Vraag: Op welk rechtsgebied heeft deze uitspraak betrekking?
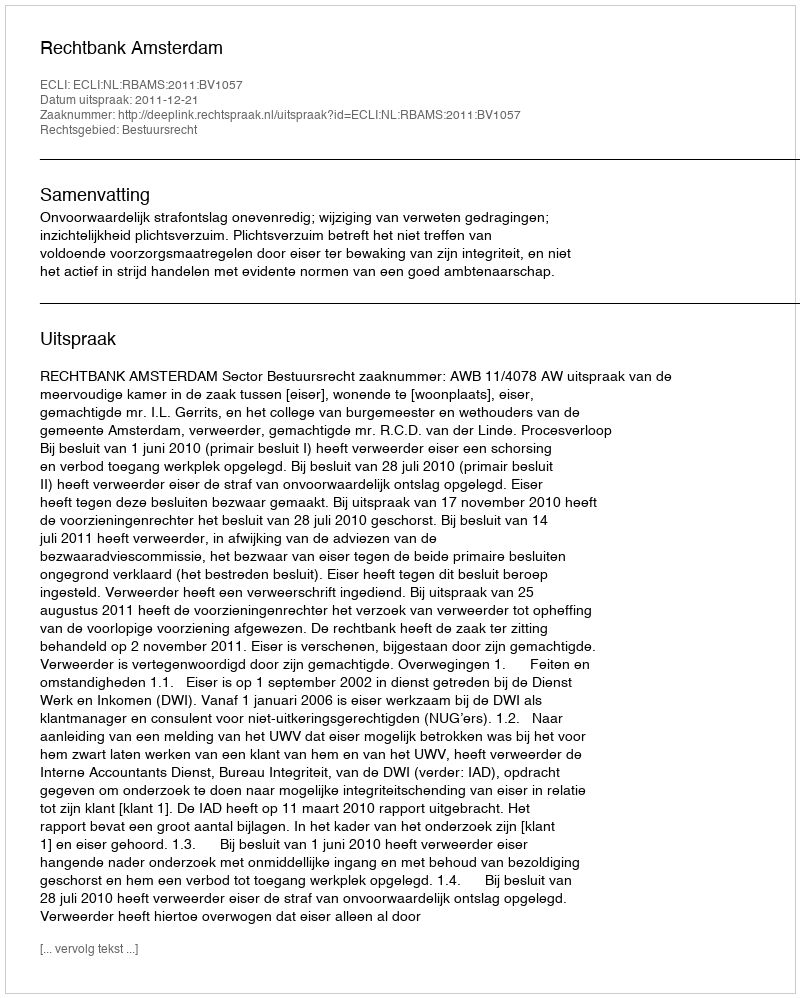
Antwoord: Bestuursrecht